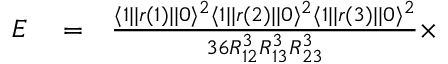
\begin{array} { r l r } { E } & { { } = } & { \frac { \langle 1 | | r ( 1 ) | | 0 \rangle ^ { 2 } \langle 1 | | r ( 2 ) | | 0 \rangle ^ { 2 } \langle 1 | | r ( 3 ) | | 0 \rangle ^ { 2 } } { 3 6 R _ { 1 2 } ^ { 3 } R _ { 1 3 } ^ { 3 } R _ { 2 3 } ^ { 3 } } \times } \end{array}